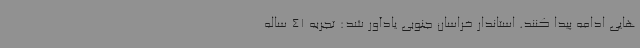
هایی ادامه پیدا کنند. استاندار خراسان جنوبی یادآور شد: تجربه 41 ساله